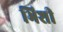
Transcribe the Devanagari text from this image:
भिशी